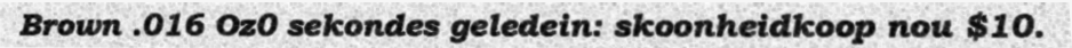
Brown .016 Oz0 sekondes geledein: skoonheidkoop nou $10.